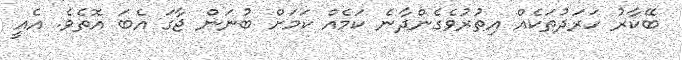
ބޭކާރު ހަރަދުތަކެއް އިތުރުވެގެންދާނެ ކަމެއް ކަމަށް ބުނަން ޖާގަ އެބަ އޮތެވެ. އެއީ